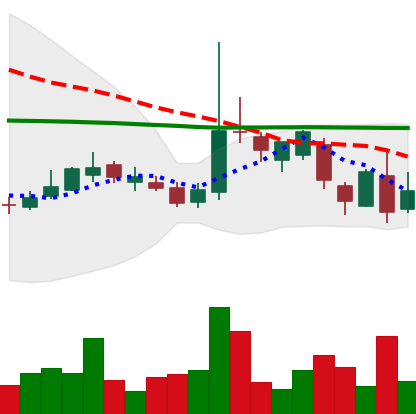
Ticker: LTC-USD
Chart end date: 2017-03-11
Forward return: 11.561%
Label: up_7plus